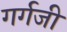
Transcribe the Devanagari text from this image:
गर्गजी